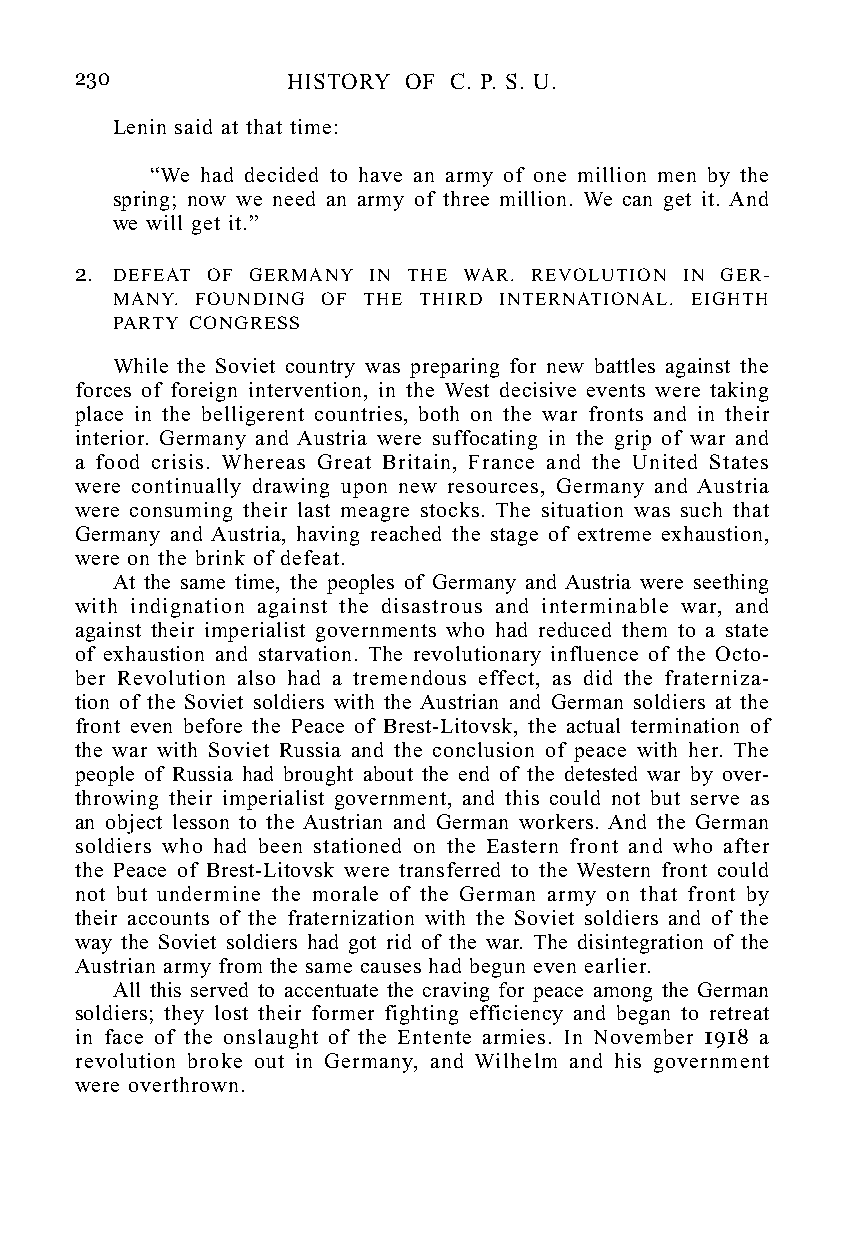
230           HISTORY OF C. P. S. U.
 Lenin said at that time:
 “We had decided to have an army of one million men by the
 spring; now we need an army of three million. We can get it. And
 we will get it.”
 2. DEFEAT OF GERMANY IN THE WAR. REVOLUTION IN GER-
 MANY. FOUNDING OF THE THIRD INTERNATIONAL. EIGHTH
 PARTY CONGRESS
 While the Soviet country was preparing for new battles against the
 forces of foreign intervention, in the West decisive events were taking
 place in the belligerent countries, both on the war fronts and in their
 interior. Germany and Austria were suffocating in the grip of war and
 a food crisis. Whereas Great Britain, France and the United States
 were continually drawing upon new resources, Germany and Austria
 were consuming their last meagre stocks. The situation was such that
 Germany and Austria, having reached the stage of extreme exhaustion,
 were on the brink of defeat.
 At the same time, the peoples of Germany and Austria were seething
 with indignation against the disastrous and interminable war, and
 against their imperialist governments who had reduced them to a state
 of exhaustion and starvation. The revolutionary influence of the Octo-
 ber Revolution also had a tremendous effect, as did the fraterniza-
 tion of the Soviet soldiers with the Austrian and German soldiers at the
 front even before the Peace of Brest-Litovsk, the actual termination of
 the war with Soviet Russia and the conclusion of peace with her. The
 people of Russia had brought about the end of the detested war by over-
 throwing their imperialist government, and this could not but serve as
 an object lesson to the Austrian and German workers. And the German
 soldiers who had been stationed on the Eastern front and who after
 the Peace of Brest-Litovsk were transferred to the Western front could
 not but undermine the morale of the German army on that front by
 their accounts of the fraternization with the Soviet soldiers and of the
 way the Soviet soldiers had got rid of the war. The disintegration of the
 Austrian army from the same causes had begun even earlier.
 All this served to accentuate the craving for peace among the German
 soldiers; they lost their former fighting efficiency and began to retreat
 in face of the onslaught of the Entente armies. In November 1918 a
 revolution broke out in Germany, and Wilhelm and his government
 were overthrown.